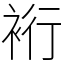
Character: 裄